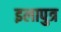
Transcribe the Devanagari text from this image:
इलापुत्र